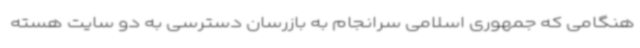
هنگامی که جمهوری اسلامی سرانجام به بازرسان دسترسی به دو سایت هسته